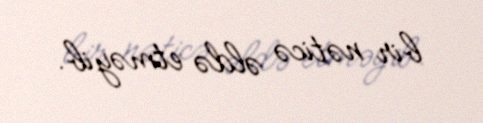
bir nəticə əldə etməyib.